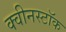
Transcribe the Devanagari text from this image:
क्वीनस्टॉक